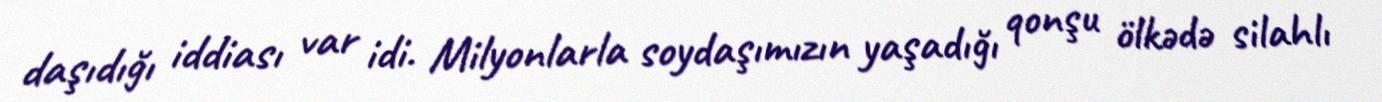
daşıdığı iddiası var idi. Milyonlarla soydaşımızın yaşadığı qonşu ölkədə silahlı